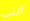
أنني